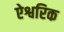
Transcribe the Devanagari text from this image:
ऐश्वरिक